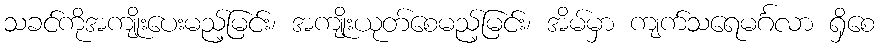
သခင်ကိုအကျိုးပေးမည့်မြင်း၊ အကျိုးယုတ်စေမည့်မြင်း၊ အိမ်မှာ ကျက်သရေမင်္ဂလာ ရှိစေ